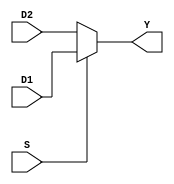
`timescale 1ns / 1ps
//////////////////////////////////////////////////////////////////////////////////
// Company: 
// Engineer: 
// 
// Design Name: 
// Module Name: Mux
// Project Name: 
// Target Devices: 
// Tool Versions: 
// Description: 
// 
// Dependencies: 
// 
// Revision:
// Revision 0.01 - File Created
// Additional Comments:
// 
//////////////////////////////////////////////////////////////////////////////////


module Mux21(S, D1, D2, Y);

    input [31:0] D1;
    input [31:0] D2;
    input S;
    output [31:0] Y;
    
    assign Y = S ? D1 : D2;
    
endmodule